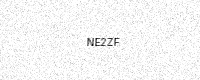
Text: NE2ZF